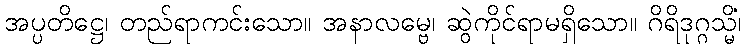
အပ္ပတိဋ္ဌေ၊ တည်ရာကင်းသော။ အနာလမ္ဗေ၊ ဆွဲကိုင်ရာမရှိသော။ ဂိရိဒုဂ္ဂသ္မိံ၊